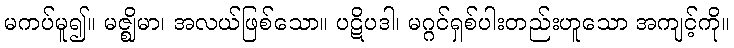
မကပ်မူ၍။ မဇ္ဈိမာ၊ အလယ်ဖြစ်သော။ ပဋိပဒါ၊ မဂ္ဂင်ရှစ်ပါးတည်းဟူသော အကျင့်ကို။